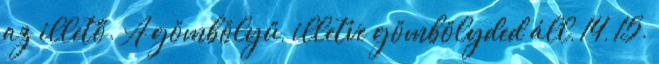
az illető. A gömbölyű, illetve gömbölyded áll, 14, 15.